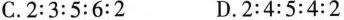
C. 2 : 3 : 5 : 6 : 2 D. 2 : 4 : 5 : 4 : 2